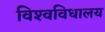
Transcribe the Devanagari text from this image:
विश्‍वविधालय